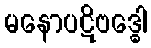
မနောပဋိဗဒ္ဓေါ